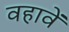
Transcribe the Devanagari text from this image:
वहावें